Indian journal of veterinary science and animal husbandry - Volume 2,
Year: 1932
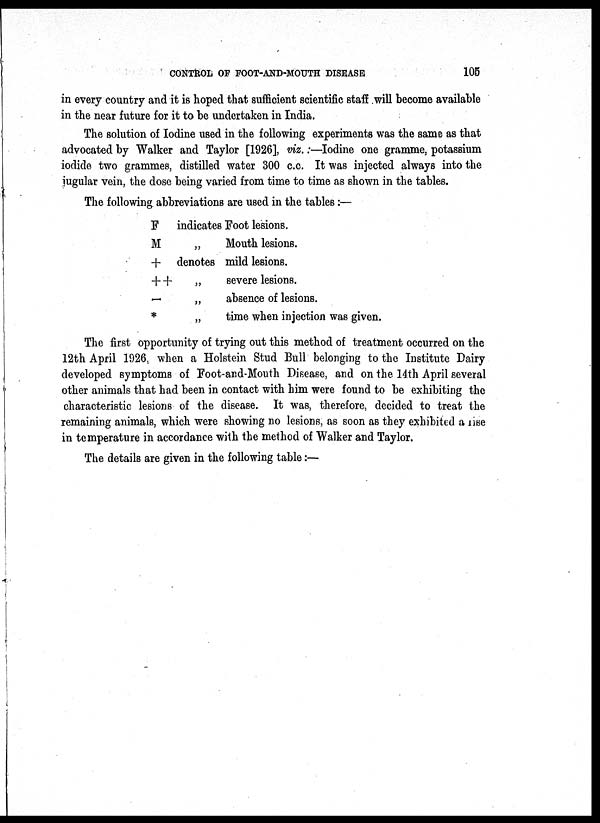
CONTROL OF FOOT-AND-MOUTH DISEASE
105
in every country and it is hoped that sufficient scientific staff will become available
in the near future for it to be undertaken in India.
The solution of Iodine used in the following experiments was the same as that
advocated by Walker and Taylor [1926], viz.:—Iodine one gramme, potassium
iodide two grammes, distilled water 300 c.c. It was injected always into the
jugular vein, the dose being varied from time to time as shown in the tables.
The following abbreviations are used in the tables:—
F
M
+
+ +
—
*
indicates
„
denotes
„
„
„
Foot lesions.
Mouth lesions.
mild lesions.
severe lesions.
absence of lesions.
time when injection was given.
The first opportunity of trying out this method of treatment occurred on the
12th April 1926, when a Holstein Stud Bull belonging to the Institute Dairy
developed symptoms of Foot-and-Mouth Disease, and on the 14th April several
other animals that had been in contact with him were found to be exhibiting the
characteristic lesions of the disease. It was, therefore, decided to treat the
remaining animals, which were showing no lesions, as soon as they exhibited a use
in temperature in accordance with the method of Walker and Taylor.
The details are given in the following table:—